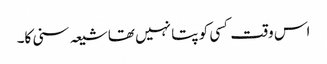
اس وقت کسی کو پتا نہیں تھا شیعہ سنی کا۔